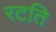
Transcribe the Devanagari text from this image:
रटति